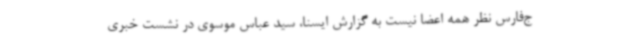
ج‌فارس نظر همه اعضا نیست به گزارش ایسنا، سید عباس موسوی در نشست خبری